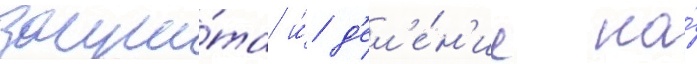
защи́та и́ д'ел'е́н'ие на́